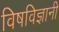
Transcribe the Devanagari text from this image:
विषविज्ञानी